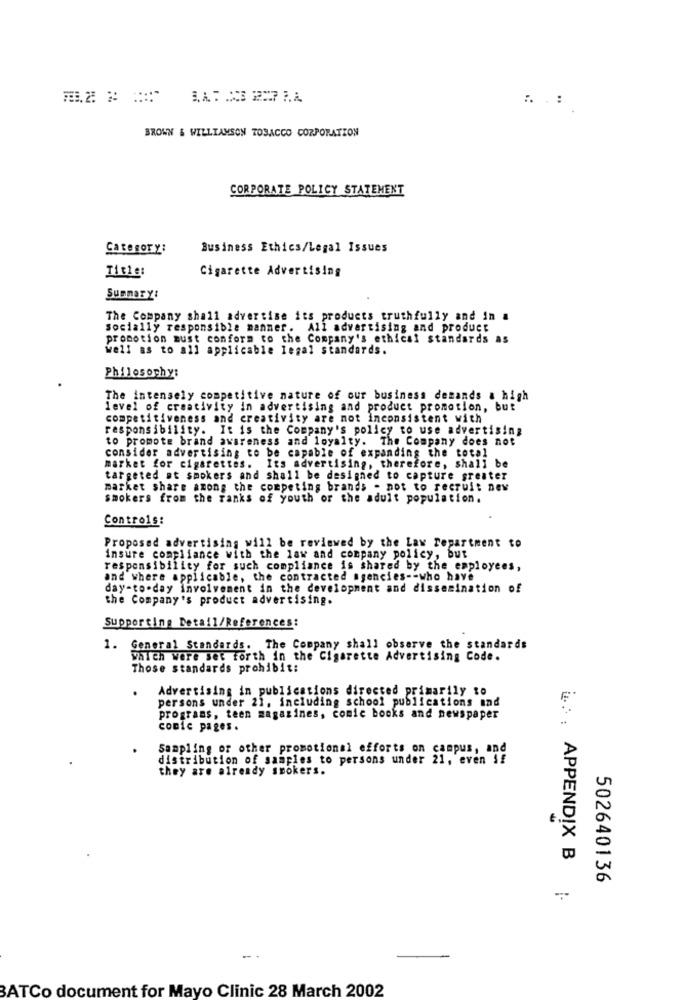
BROWN & WILLIAMSON TOBACCO CORPORATION
CORPORATE POLICY STATEMENT
Category:
Business Ethics/Legal Issues
Title:
Cigarette Advertising
Summary:
The Company shall advertise its products truthfully and in a
socially responsible manner. All advertising and product
promotion must conform to the Company's ethical standards as
well as to all applicable legal standards.
Philosophy:
The intensely competitive nature of our business demands a high
level of creativity in advertising and product promotion, but
competitiveness and creativity are not Inconsistent with
responsibility. It is the Company's policy to use advertising
to promote brand awareness and loyalty. The Company does not
consider advertising to be capable of expanding the total
market for cigarettes. Its advertising, therefore, shall be
targeted at smokers and shall be designed to capture greater
market share among the competing brands - not to recruit new
smokers from the ranks of youth or the adult population.
Controls:
Proposed advertising will be reviewed by the Law Department to
insure compliance with the law and company policy, but
responsibility for such compliance is shared by the employees,
and where applicable, the contracted agencies -- who have
day-to-day involvement in the development and dissemination of
the Company's product advertising.
Supporting Detail/References:
1. General Standards. The Company shall observe the standards
Which were set forth in the Cigarette Advertising Code.
Those standards prohibit:
Advertising in publications directed primarily to
persons under 21, including school publications and
programs, teen magazines, comic books and newspaper
conie pages.
Sampling or other promotional efforts on campus, and
distribution of samples to persons under 21, even If
they are already smokers.
u .. . APPENDIX B
502640136
BATCo document for Mayo Clinic 28 March 2002